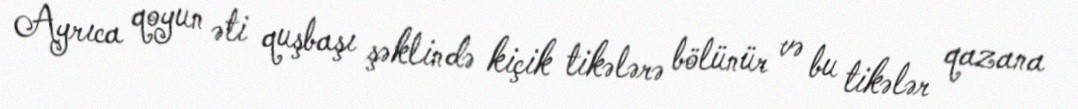
Ayrıca qoyun əti quşbaşı şəklində kiçik tikələrə bölünür və bu tikələr qazana